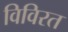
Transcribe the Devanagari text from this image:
विविरत